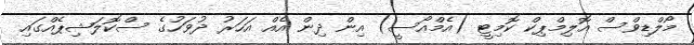
މޯލްޑިވްސް އޮލިމްޕިކް ކޮމިޓީ (އެމްއޯސީ) އިން ދިން އެއް އަހަރު ދުވަހުގެ ސްކޮލަޝިޕެއްގައި